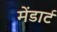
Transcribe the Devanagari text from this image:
मेंडार्ट